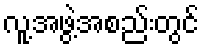
လူ့အဖွဲ့အစည်းတွင်